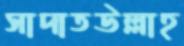
সাদাতউল্লাহ